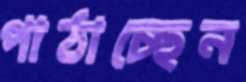
পাঠাচ্ছেন